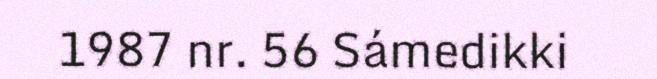
1987 nr. 56 Sámedikki